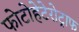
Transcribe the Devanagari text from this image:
फोटोहेटेरोट्राफ